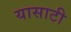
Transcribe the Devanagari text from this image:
यासाटी